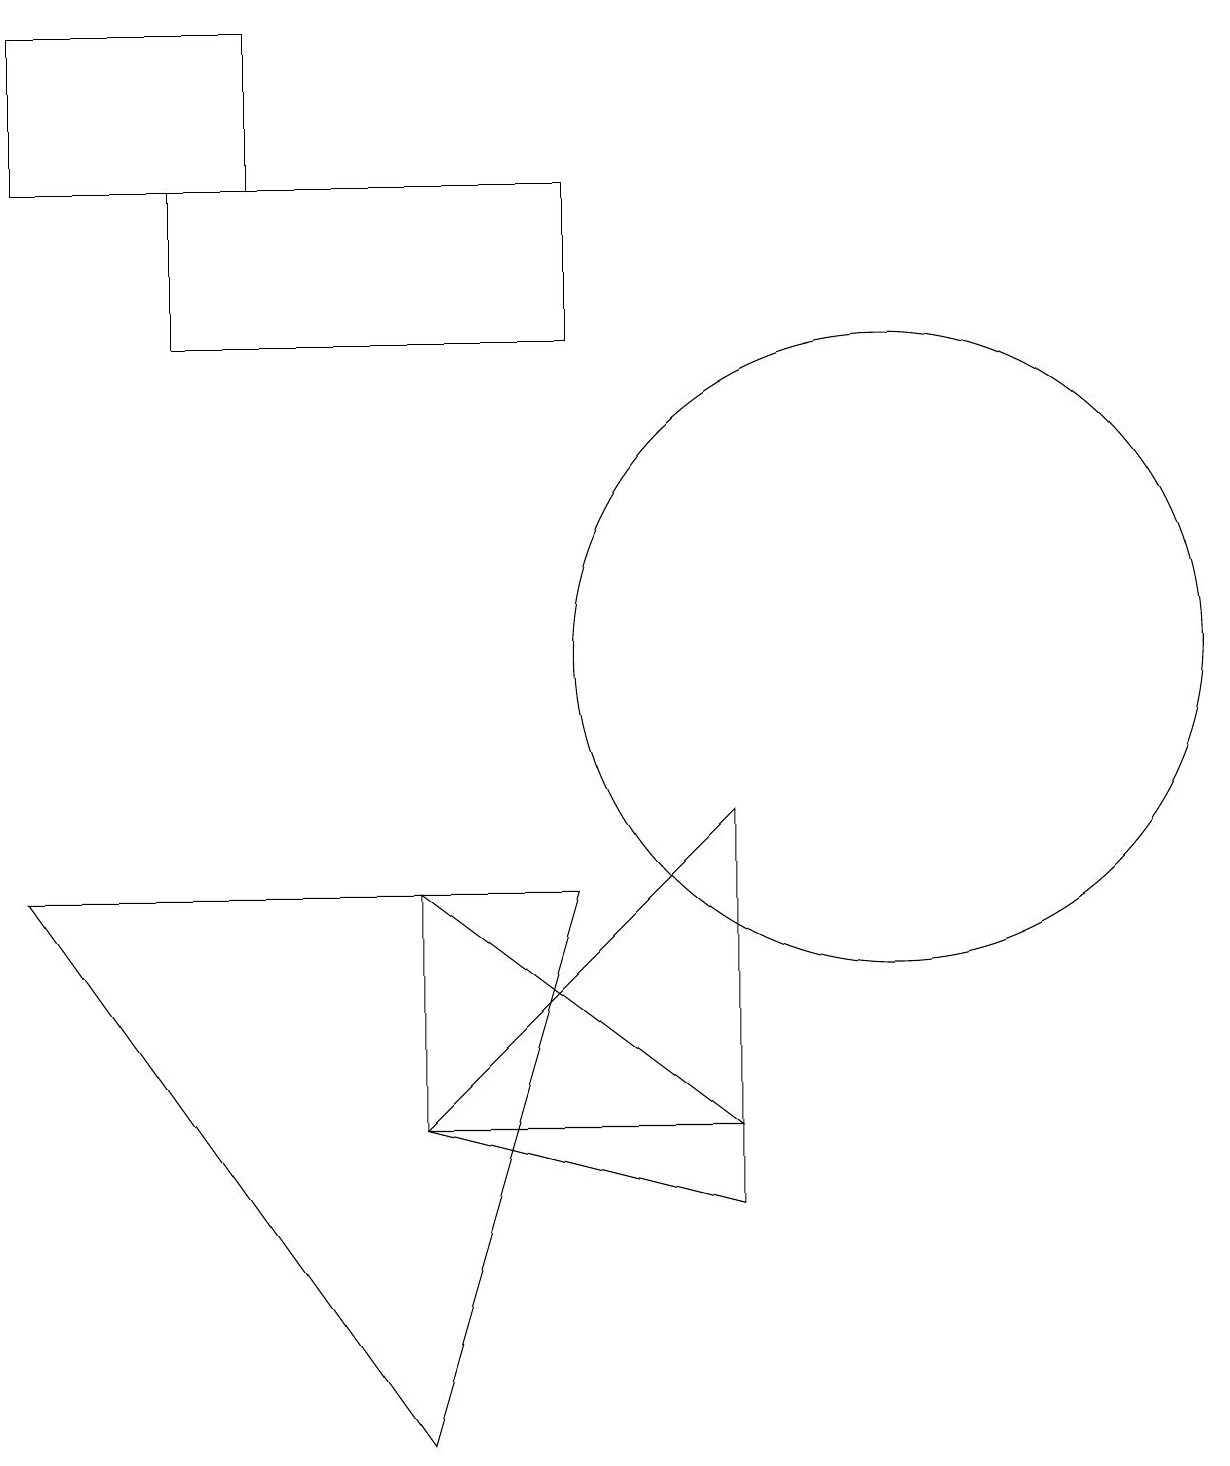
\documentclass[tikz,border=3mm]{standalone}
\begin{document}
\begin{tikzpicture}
\draw (9,4) -- (5,7) -- (5,4) -- cycle;
\draw (3,16) rectangle (0,18);
\draw (5,4) -- (9,3) -- (9,8) -- cycle;
\draw (5,0) -- (7,7) -- (0,7) -- cycle;
\draw (11,10) circle (4);
\draw (7,14) rectangle (2,16);
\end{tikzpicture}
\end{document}